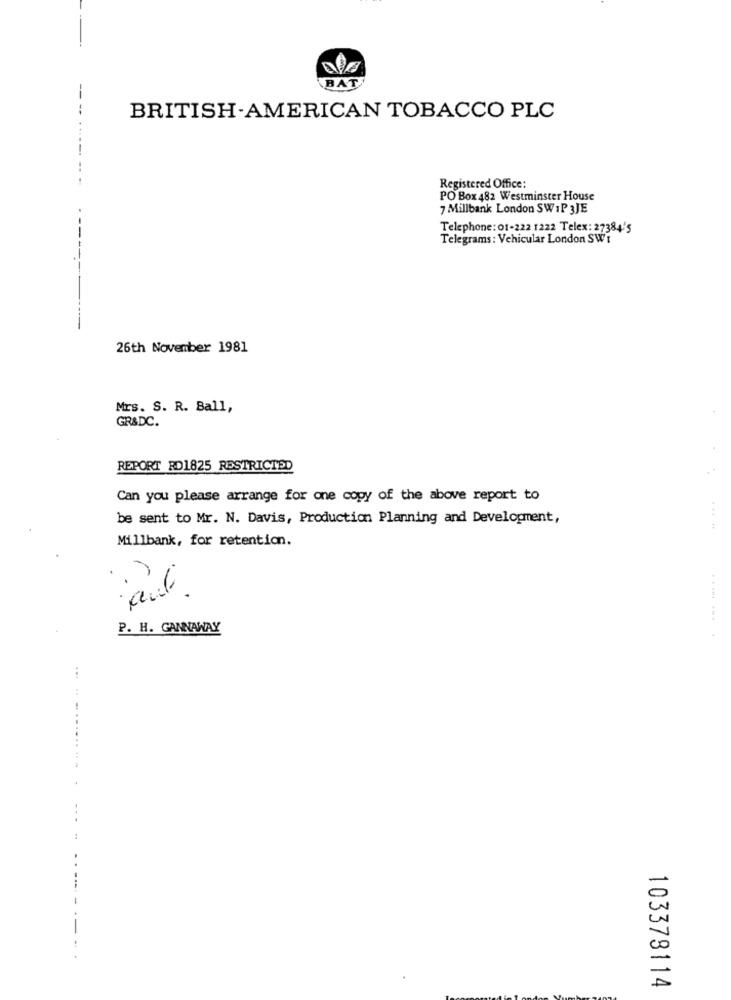
BAT
-
--
BRITISH-AMERICAN TOBACCO PLC
Registered Office:
PO Box 482 Westminster House
7 Millbank London SWIP 3JE
Telephone: 01-222 1222 Telex: 27384'5
Telegrams: Vehicular London SWT
26th November 1981
Mrs. S. R. Ball,
GR&DC.
REPORT RD1825 RESTRICTED
Can you please arrange for one copy of the above report to
be sent to Mr. N. Davis, Production Planning and Development,
.....
Millbank, for retention.
P. H. GANNAWAY
...
...........
103378114